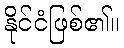
နိုင်ငံဖြစ်၏။